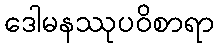
ဒေါမနဿုပဝိစာရာ